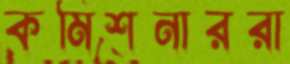
কমিশনাররা